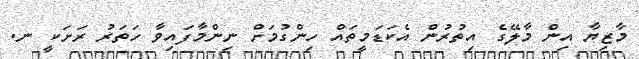
މާޒިޔާ އިން މާލޭގެ އިތުރުން އެކަޑަމީތައް ހިންގުމަށް ނިންމާފައިވާ ހަތަރު ރަށަކީ ނ.